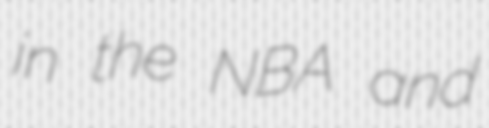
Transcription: in the NBA and